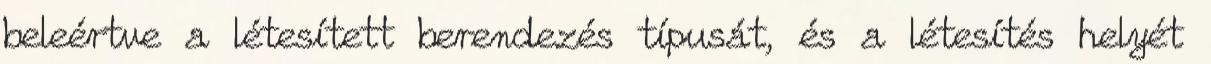
beleértve a létesített berendezés típusát, és a létesítés helyét